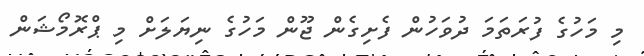
މި މަހުގެ ފުރަތަމަ ދުވަހުން ފެށިގެން ޖޫން މަހުގެ ނިޔަލަށް މި ޕްރޮމޯޝަން